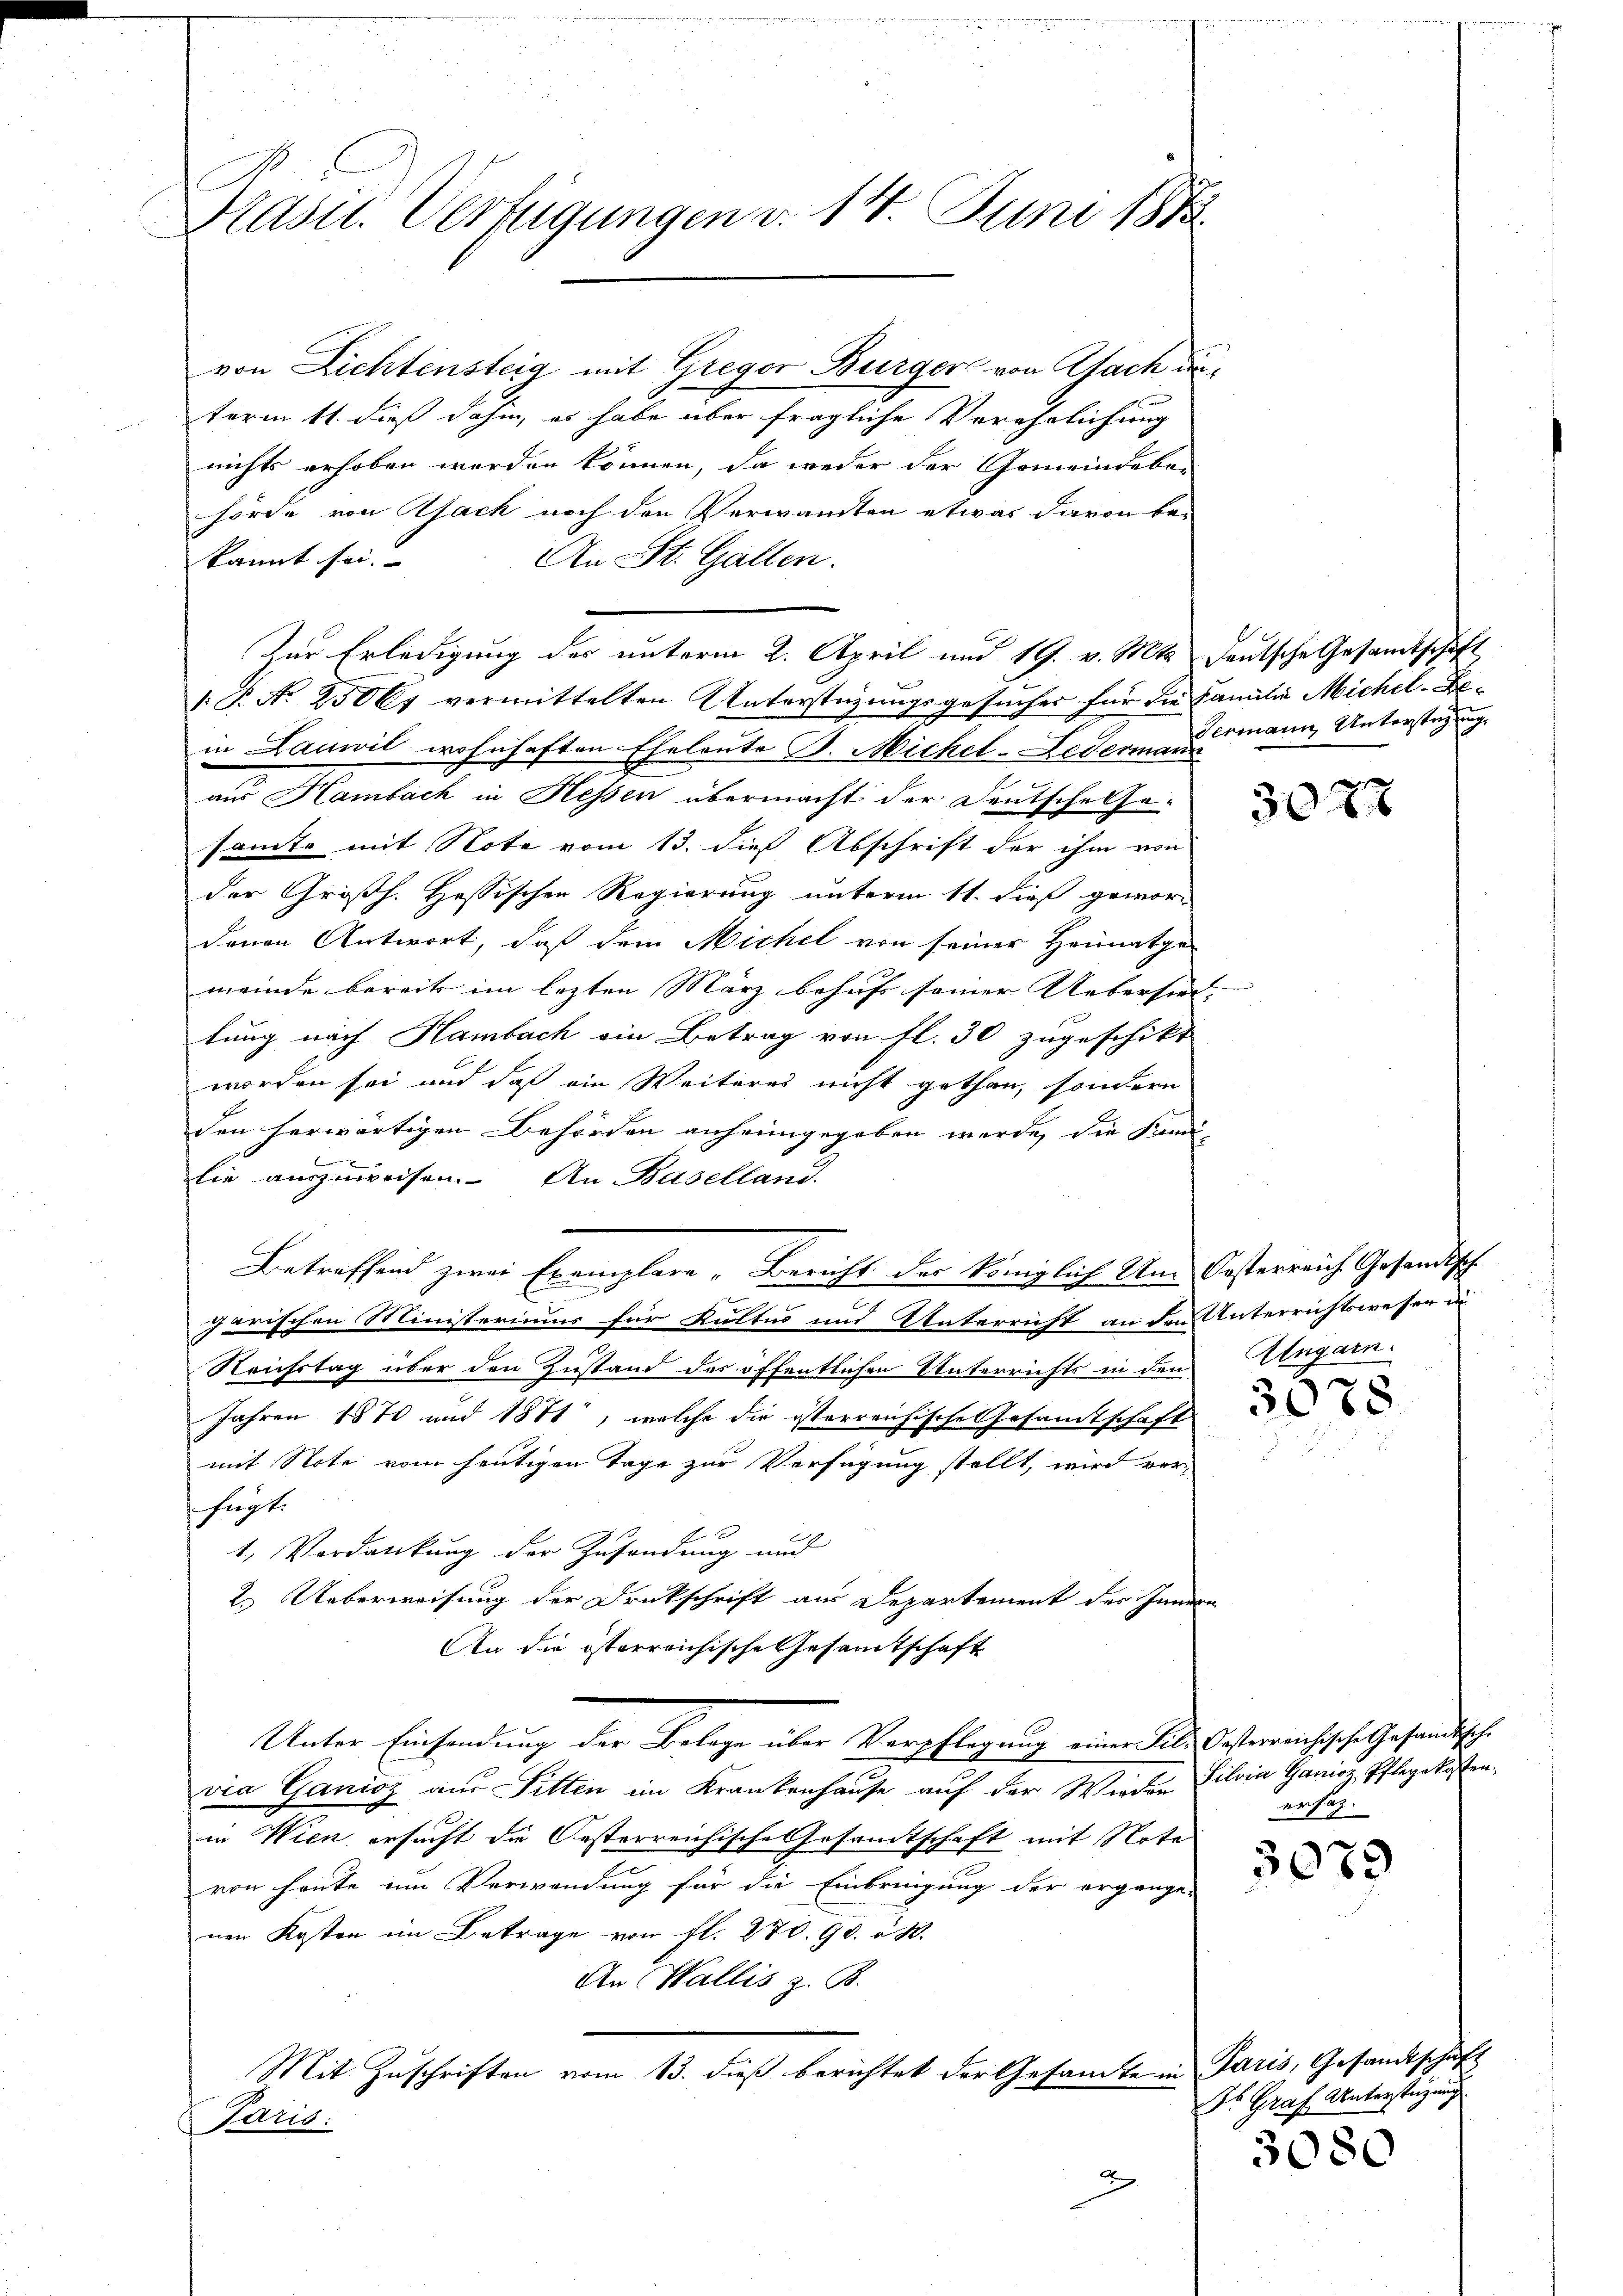
Prasil. Verfügungen d. 14. Juni 188

von Lichtensteig mit Gregor Bürger von Nach au
term 11. dieß dahin, es habe aber fragliche Verehrlichung
nichts erhoben werden können, da weder der Gemeindebe-
hörde von Asack noch den Verwandten etwas davon be-
An St. Gallen.
kannt sei. |
Zür Erledigung des unterm 2. April und 19. v. Mts. deutsche Gesamtschaft
1. P. No 23061 vermittelten Unterstüzungsgesucher für die Familie Michel-Bein Lauwil wohnhaften Eheleute B. Michel-Lederman
aus Hambach in Hessen übermacht der Deutsche Ge-
samte mit Note vom 13. dieß Abschrift der ihm von
der Großh. Hessischen Regierung unterm 11. dieß gewor-
denen Antwort, daß dem Michel von seiner Heimatge-
meinde bereits im lezten März behufs seiner Uebersind, |
tung nach Hambach ein Betrag von fl. 30 zugeschikt
worden sei und daß ein Weiteres nicht gethan, sondern
den herwärtigen Behörden anheimgegeben werde, die Fami-
t
lie auszuweisen. An Baselland.
Betreffend zwei Exemplare, Bericht der königlich Um- Oesterreich Gesandtsch
0
garischen Ministeriums für Kultus und Unterricht an den Unterrichtswesen in
Reuhstag über den Zustand des öffentlichen Unterrichts in den
Jahren 1870 und 1871, welche die österreichische Gesamtschaft
mit Note vom heutigen Tage zur Verfügung stellt, wird ver-
fügt.
1. Vordankung der Zusendung und
2. Ueberweisung der Druckschrift aus Departement des Innern
An die österreichische Gesamtschaft
Unter Einsendung der Belage über Verpflegung einer Bild Casterreichische Gesandtschvia Ganioz aus Sitten im Krankenhause auf der Wieder Silvia Ganioz, Pflegekostenin Wien, ersucht die Oesterreichische Gesandtschaft mit Note
von heute um Verwendung für die Einbringung der ergange-
nen Kosten im Betrage von fl. 270. 90. à 4.
An Wallis z. B.
Mit Zuschriften vom 13. dieß berichtet der Gesamte in Paris, Gesandtschaf
Paris:
u

Germann, Unterstüzung

30xx

Ungarn.

3078

erfah¬

3079

Dr. Graf Unterstüzung

3080